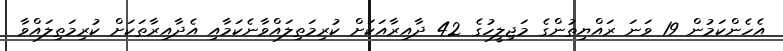
އެހެންކަމުން 19 ވަނަ ރައްޔިތުންގެ މަޖިލީހުގެ 42 ދާއިރާއަކަށް ކުރިމަތިލައްވާނެކަމާއި އެދާއިރާތަކަށް ކުރިމަތިލައްވާ